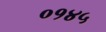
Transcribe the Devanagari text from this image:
०१४५